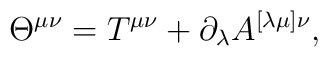
\Theta^{\mu\nu}=T^{\mu\nu}+\partial_\lambda A^{[\lambda\mu]\nu},